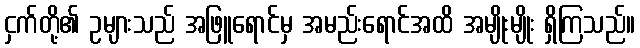
ငှက်တို့၏ ဥများသည် အဖြူရောင်မှ အမည်းရောင်အထိ အမျိုးမျိုး ရှိကြသည်။